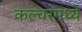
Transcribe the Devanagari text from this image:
कल्चरमध्ये